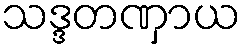
သဒ္ဒတဏှာယ